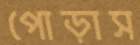
পোড়াস